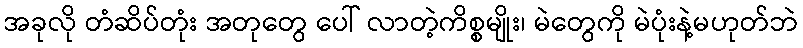
အခုလို တံဆိပ်တုံး အတုတွေ ပေါ် လာတဲ့ကိစ္စမျိုး၊ မဲတွေကို မဲပုံးနဲ့မဟုတ်ဘဲ